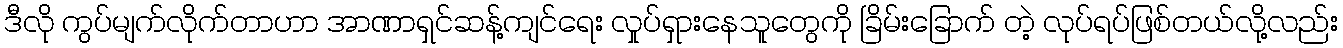
ဒီလို ကွပ်မျက်လိုက်တာဟာ အာဏာရှင်ဆန့်ကျင်ရေး လှုပ်ရှားနေသူတွေကို ခြိမ်းခြောက် တဲ့ လုပ်ရပ်ဖြစ်တယ်လို့လည်း